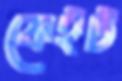
ফেইট